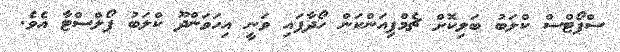
ސްޕޯޓްސް ކްލަބު ބަލިކޮށް ޗެމްޕިއަންކަން ހޯދާފައި ވަނީ އިހަވަންދޫ ކްލަބު ޕޯލްސްޓާ އެވެ.